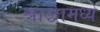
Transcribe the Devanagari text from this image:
श्राद्धामध्ये